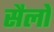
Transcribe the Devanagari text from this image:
सैलों